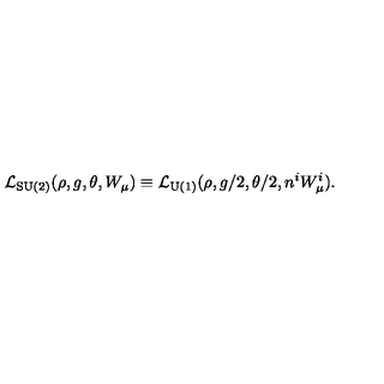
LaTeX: { \cal L } _ { \mathrm { S U ( 2 ) } } ( \rho , g , \theta , W _ { \mu } ) \equiv { \cal L } _ { \mathrm { U ( 1 ) } } ( \rho , g / 2 , \theta / 2 , n ^ { i } W _ { \mu } ^ { i } ) .